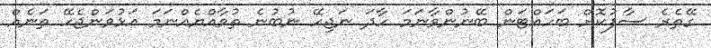
ގޭތެރެ ސާފުކޮށް ބަހައްޓަން ބޭނުންވާނަމަ ހާދަ ނަޖިހޭ ނުބުނެ ތުވާއްޔެއްނަމަ އަޅުވަންޖެހޭ ތަނެއް